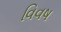
વિવષ